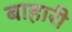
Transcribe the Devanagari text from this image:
बाहारी